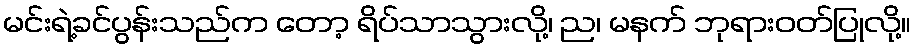
မင်းရဲ့ခင်ပွန်းသည်က တော့ ရိပ်သာသွားလို့၊ ည၊ မနက် ဘုရားဝတ်ပြုလို့။